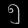
Digit: ၅